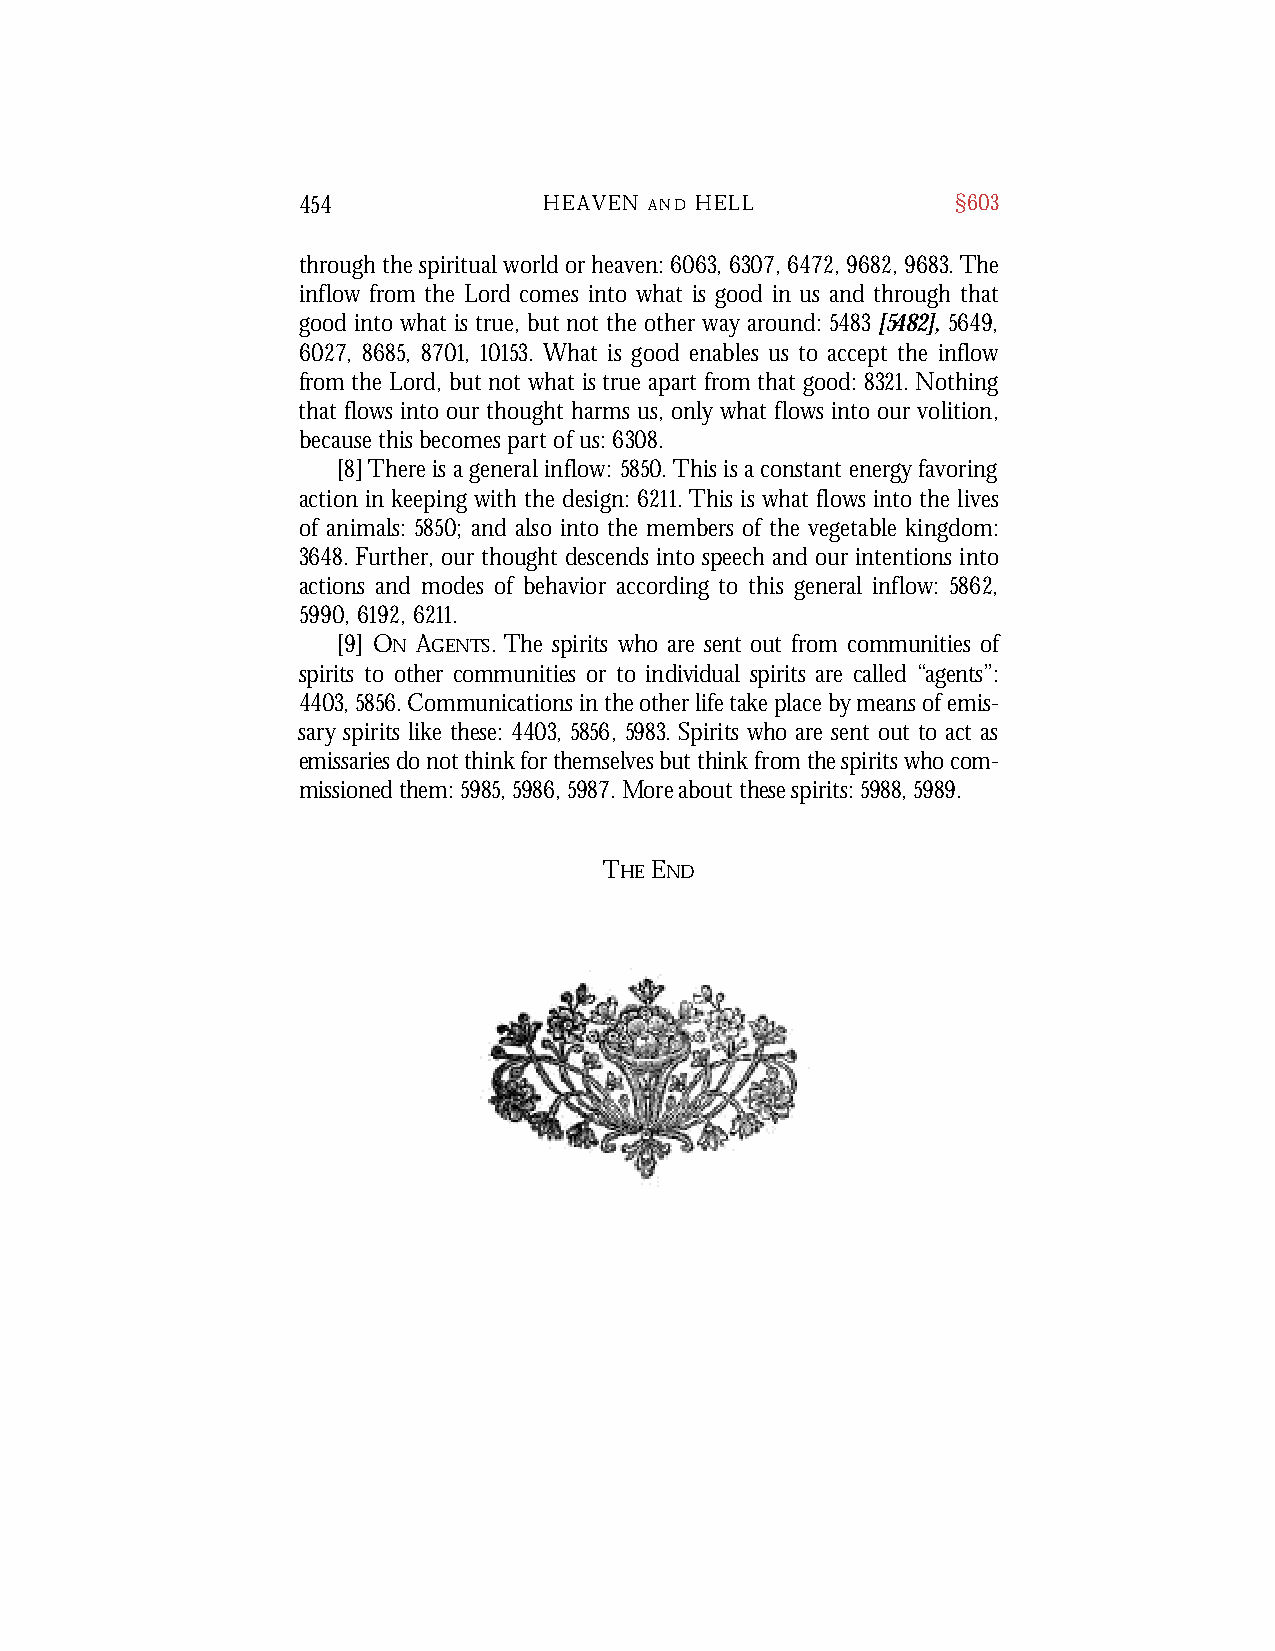
454             HEAVEN A N D H E L L       §603
 through the spiritual world or heaven: 6063,6307,6472,9682,9683.The
 inflow from the Lord comes into what is good in us and through that
 good into what is true, but not the other way around: 5483 [5482], 5649,
 6027, 8685, 8701, 10153. What is good enables us to accept the inflow
 from the Lord, but not what is true apart from that good: 8321. Nothing
 that flows into our thought harms us, only what flows into our volition,
 because this becomes part of us: 6308.
 [8]There is a general inflow: 5850.This is a constant energy favoring
 action in keeping with the design: 6211.This is what flows into the lives
 of animals: 5850; and also into the members of the vegetable kingdom:
 3648. Further, our thought descends into speech and our intentions into
 actions and modes of behavior according to this general inflow: 5862,
 5990, 6192, 6211.
 [9] ON AGE N T S. The spirits who are sent out from communities of
 spirits to other communities or to individual spirits are called “ag e n t s ”:
 44 0 3 , 58 5 6 . Communications in the other life take place by means of emis-
 sa r y spirits like these: 44 0 3 , 58 5 6 , 59 8 3 . Spirits who are sent out to act as
 emissaries do not think for themselves but think from the spirits who com-
 missioned them: 59 8 5 , 59 8 6 , 59 8 7 . Mor e about these spirits: 59 8 8 , 59 8 9 .
 THE END